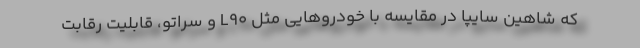
که شاهین سایپا در مقايسه با خودروهایی مثل L90 و سراتو، قابلیت رقابت